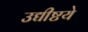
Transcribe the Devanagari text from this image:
उद्यीष्टये